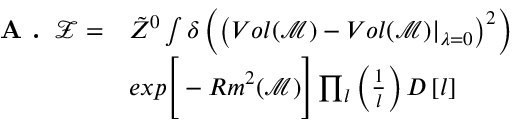
\begin{array} { r l } { \textbf { A . } \, \mathcal { Z } = } & { \tilde { Z } ^ { 0 } \int \delta \left( \left( V o l ( \mathcal { M } ) - V o l ( \mathcal { M } ) \vert _ { \lambda = 0 } \right) ^ { 2 } \right) } \\ & { e x p \Bigg [ - R m ^ { 2 } ( \mathcal { M } ) \Bigg ] \prod _ { l } \left( \frac { 1 } { l } \right) D \left[ l \right] } \end{array}